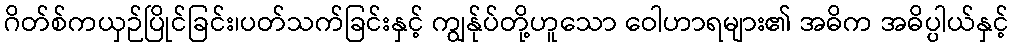
ဂိတ်စ်ကယှဉ်ပြိုင်ခြင်း၊ပတ်သက်ခြင်းနှင့် ကျွန်ုပ်တို့ဟူသော ဝေါဟာရများ၏ အဓိက အဓိပ္ပါယ်နှင့်